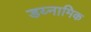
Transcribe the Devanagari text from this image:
डय्नामिक